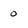
Character: 0